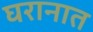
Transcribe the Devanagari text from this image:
घरानात